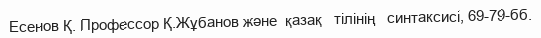
Есенов Қ. Профессор Қ.Жұбанов және  қазақ   тілінің   синтаксисі, 69-79-бб.